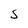
Character: S